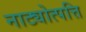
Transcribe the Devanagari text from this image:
नाट्योत्पत्ति